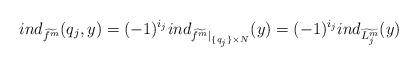
LaTeX: \begin{align*}ind_{\widetilde{f^m}}(q_j,y)=(-1)^{i_j}ind_{\widetilde{f^m}|_{\{q_j\}\times N}}(y)=(-1)^{i_j}ind_{\widetilde{L^m_j}}(y)\end{align*}